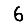
Digit: 6